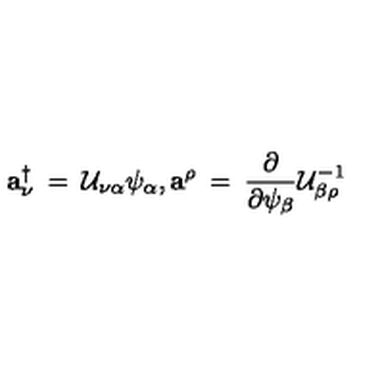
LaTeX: { \mathbf a } _ { \nu } ^ { \dagger } \: = \: { \cal U } _ { \nu \alpha } \psi _ { \alpha } , { \mathbf a } ^ { \rho } \: = \: { \frac { \partial } { \partial \psi _ { \beta } } } { \cal U } _ { \beta \rho } ^ { - 1 }